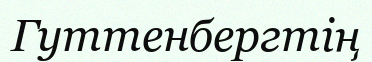
Гуттенбергтің